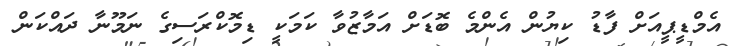
އެމްޑީޕީއަށް ފާޑު ކިޔުން އެންމެ ބޮޑަށް އަމާޒުވާ ކަމަކީ ޑިމޮކްރަސިގެ ނަމޫނާ ދައްކަން